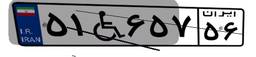
۵۱W۶۵۷۵۶